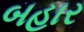
બહાર